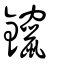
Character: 鑹